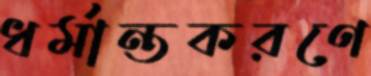
ধর্মান্তকরণে